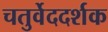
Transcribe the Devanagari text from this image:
चतुर्वेददर्शक